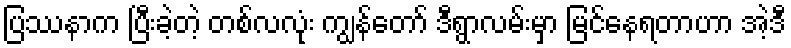
ပြဿနာက ပြီးခဲ့တဲ့ တစ်လလုံး ကျွန်တော် ဒီရွာလမ်းမှာ မြင်နေရတာဟာ အဲ့ဒီ